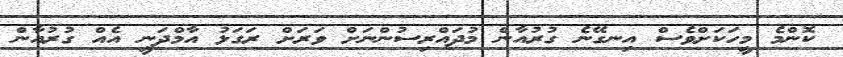
ކޮންމެ މީހަކަށްވެސް އިނގޭނެ ގުރުއާން މުދައްރިސުންނަށް ވަރަށް ރަގަޅު އާމްދަނީ އެއް ގުރުއާން